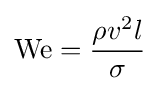
\mathrm {We} ={\frac {\rho v^{2}l}{\sigma }}